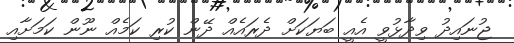
ޖުނައިދު ވިދާޅުވީ އެއީ ބަޔަކަށް ދެރައެއްް ދޭން ކުރި ކަމެއް ނޫން ކަމަށާއި